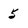
Character: 5